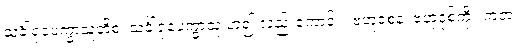
သင်္ခါရုပေက္ခာသူတိစ၊ သင်္ခါရုပေက္ခာသု ဟူ၍ လည်းကောင်း။ ဗဟူဝစနံ၊ ဗဟုဝုစ်ကို။ ကတံ၊